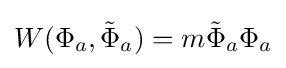
W(\Phi _{a},{\tilde {\Phi }}_{a})=m{\tilde {\Phi }}_{a}\Phi _{a}